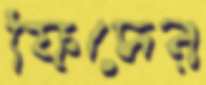
ফিদের